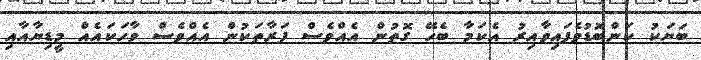
ބަޔަކު ކަންބޮޑުވެފައިވާއިރު އެކަމާ ބެހޭ ގޮތުން އެއްވެސް ފަރާތަކުން އެއްވެސް ވާހަކައެއް މީޑިޔާއާއި